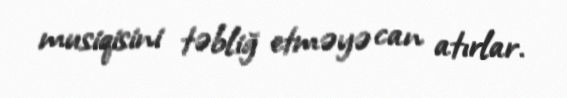
musiqisini təbliğ etməyə can atırlar.